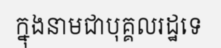
ក្នុងនាមជាបុគ្គលរដ្ឋទេ